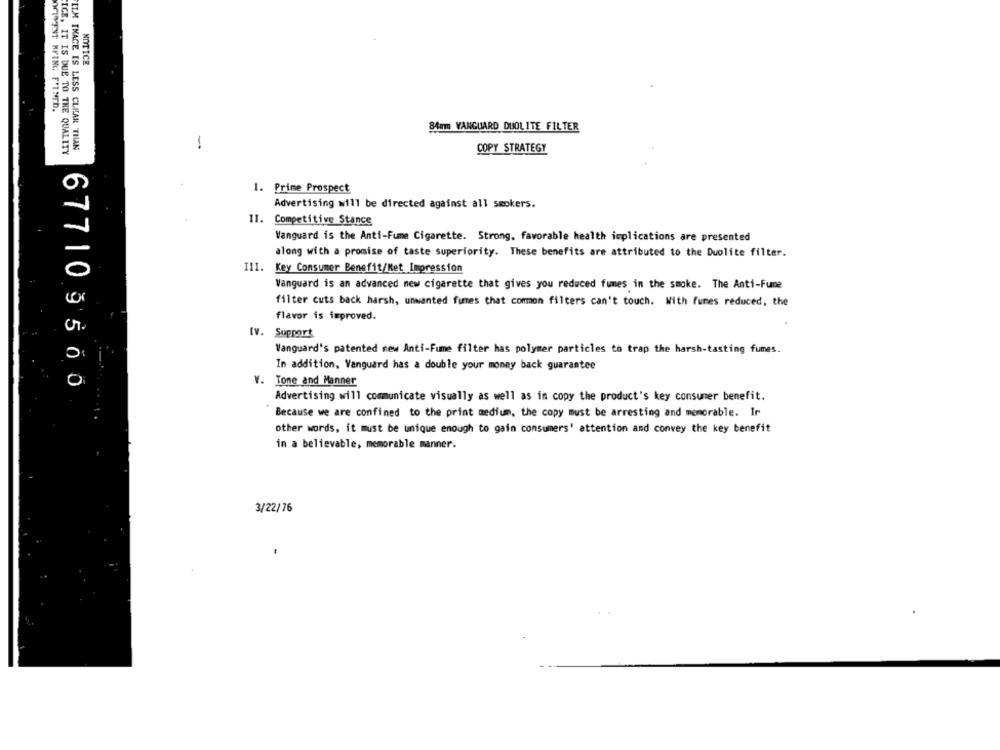
NOTICE
BAWm VANGUARD DUOLITE FILTER
IGE. IT IS DUE TO THE QUALITY
ITM THACE IS LESS CLEAR THAN
-
COPY STRATEGY
1. Prime Prospect
Advertising will be directed against all smokers.
II. Competitive Stance
Vanguard is the Anti-Fume Cigarette. Strong, favorable health implications are presented
along with a promise of taste superiority. These benefits are attributed to the Duolite filter.
III. Key Consumer Benefit/Net Impression
Vanguard is an advanced new cigarette that gives you reduced fumes in the smoke. The Anti-Fune
filter cuts back harsh, unwanted fumes that comon filters can't touch. With funes reduced, the
flavor is improved.
Iv. Support
Vanguard's patented new Anti-Fume filter has polymer particles to trap the harsh-tasting fumes.
In addition, Vanguard has a double your money back guarantee
V. Tone and Manner
677109500
Advertising will communicate visually as well as in copy the product's key consumer benefit.
Because we are confined to the print medium, the copy must be arresting and memorable. Ir
other words, it must be unique enough to gain consumers' attention and convey the key benefit
in a believable, memorable manner.
3/22/76